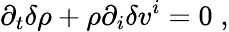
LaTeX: \partial_{t}\delta\rho+\rho\partial_{i}\delta v^{i}=0\; ,